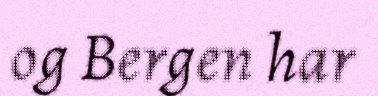
og Bergen har